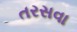
તરસવા